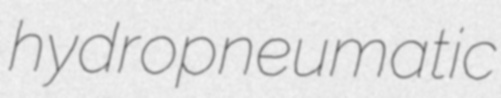
hydropneumatic